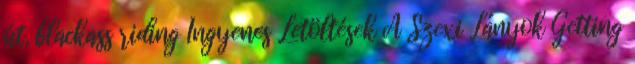
út, blackass riding Ingyenes Letöltések A Szexi Lányok Getting